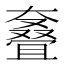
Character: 𰋳